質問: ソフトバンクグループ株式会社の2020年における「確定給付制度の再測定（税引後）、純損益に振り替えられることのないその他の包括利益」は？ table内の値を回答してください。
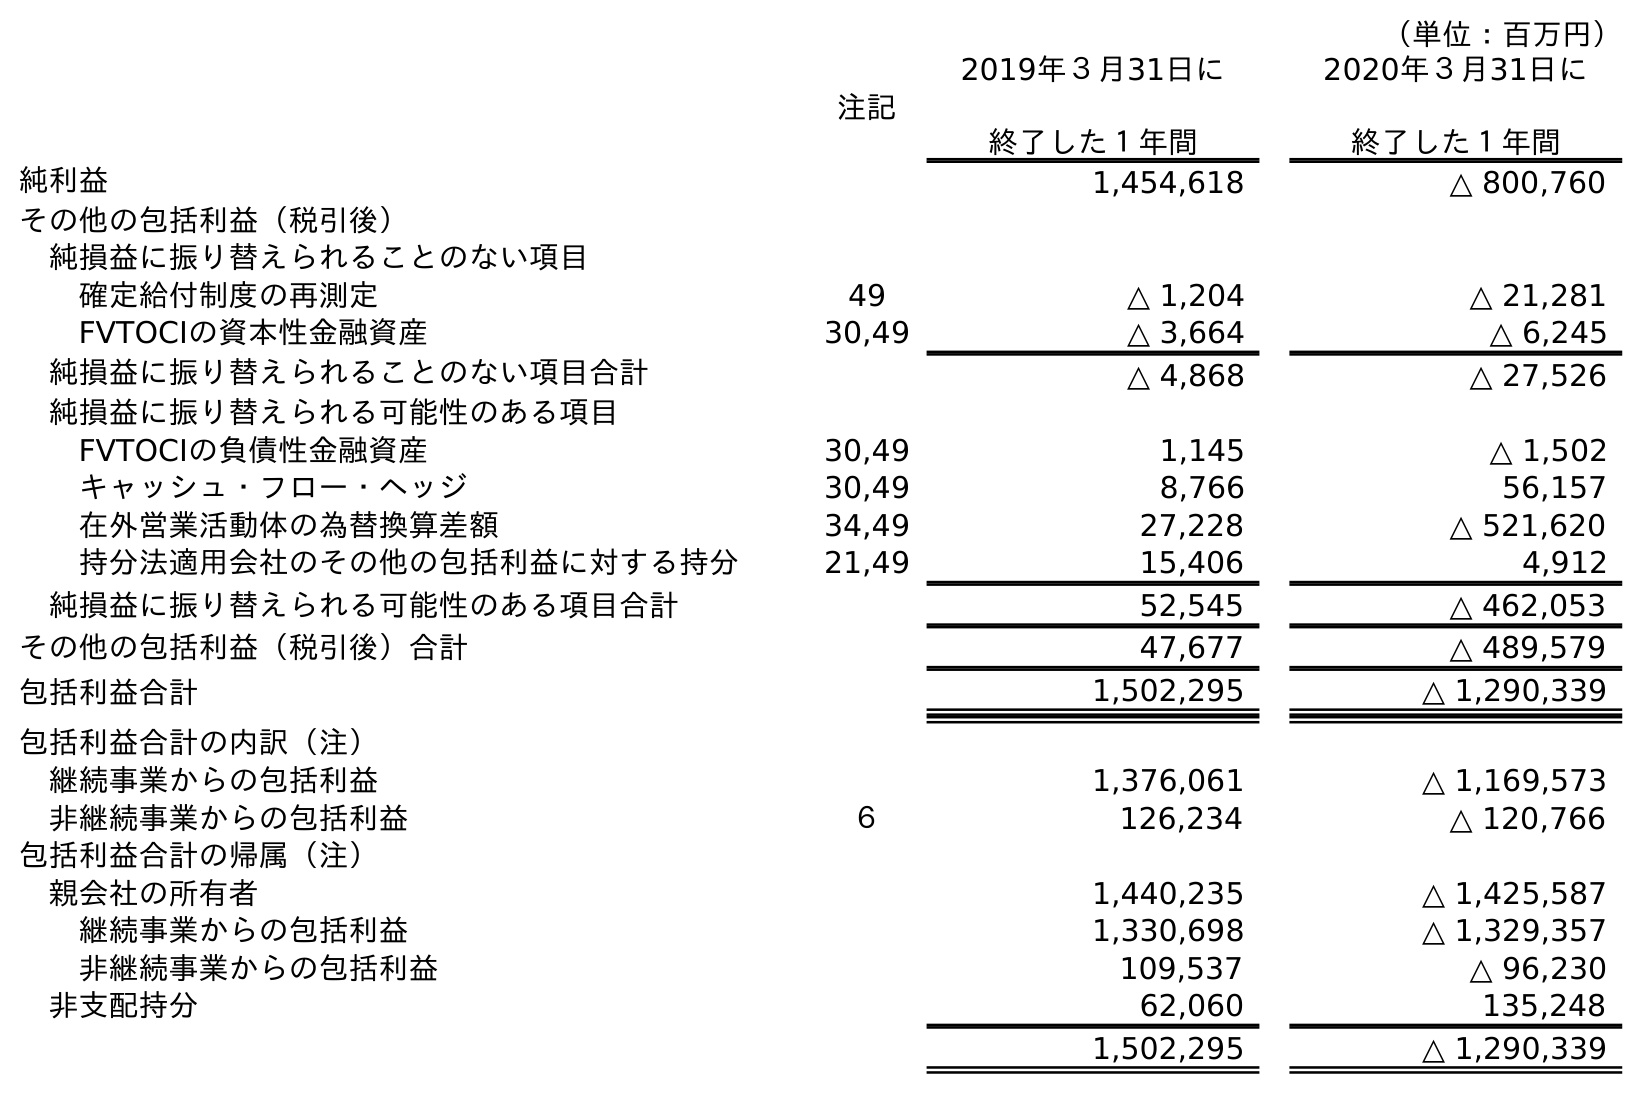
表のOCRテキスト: （単位：百万円） 注記 2019年３月31日に 終了した１年間 2020年３月31日に 終了した１年間 純利益 1,454,618 △ 800,760 その他の包括利益（税引後） 純損益に振り替えられることのない項目 確定給付制度の再測定 49 △ 1,204 △ 21,281 FVTOCIの資本性金融資産 30,49 △ 3,664 △ 6,245 純損益に振り替えられることのない項目合計 △ 4,868 △ 27,526 純損益に振り替えられる可能性のある項目 FVTOCIの負債性金融資産 30,49 1,145 △ 1,502 キャッシュ・フロー・ヘッジ 30,49 8,766 56,157 在外営業活動体の為替換算差額 34,49 27,228 △ 521,620 持分法適用会社のその他の包括利益に対する持分 21,49 15,406 4,912 純損益に振り替えられる可能性のある項目合計 52,545 △ 462,053 その他の包括利益（税引後）合計 47,677 △ 489,579 包括利益合計 1,502,295 △ 1,290,339 包括利益合計の内訳（注） 継続事業からの包括利益 1,376,061 △ 1,169,573 非継続事業からの包括利益 ６ 126,234 △ 120,766 包括利益合計の帰属（注） 親会社の所有者 1,440,235 △ 1,425,587 継続事業からの包括利益 1,330,698 △ 1,329,357 非継続事業からの包括利益 109,537 △ 96,230 非支配持分 62,060 135,248 1,502,295 △ 1,290,339
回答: △21,281